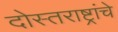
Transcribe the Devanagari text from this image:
दोस्तराष्ट्रांचे